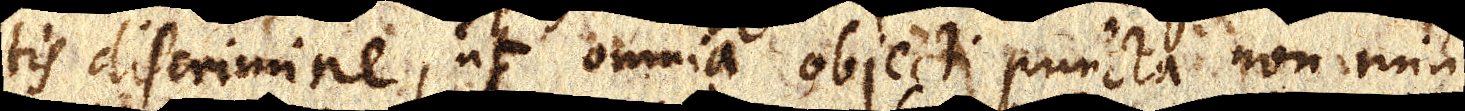
tis discrimine, ut omnia objecti puncta non minus